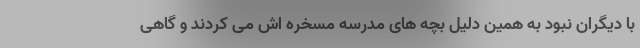
با دیگران نبود به همین دلیل بچه های مدرسه مسخره اش می کردند و گاهی